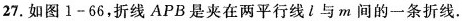
27.如图1-66，折线APB是夹在两平行线l与m间的一条折线.